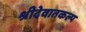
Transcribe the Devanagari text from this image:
श्रीदेवातकल्प